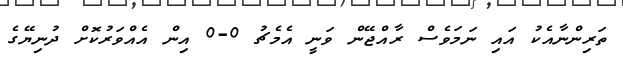
ތަރިންނާއެކު އައި ނަމަވެސް ރާއްޖޭން ވަނީ އެމެޗު 0-0 އިން އެއްވަރުކޮށް ދުނިޔޭގެ